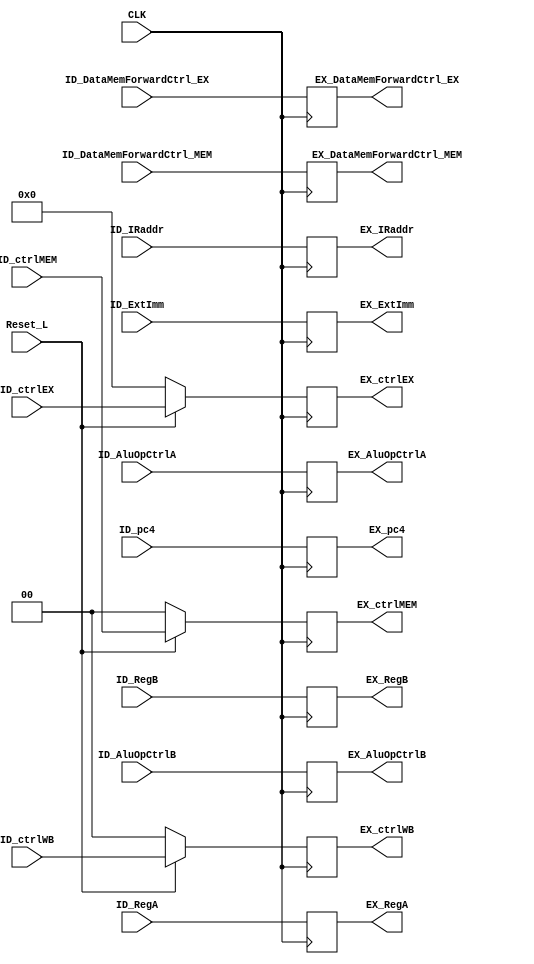
`define _id_ex_v_


module ID_EX(CLK, Reset_L,  
             ID_ctrlWB, ID_ctrlMEM, ID_ctrlEX, ID_pc4, ID_RegA, ID_RegB, ID_ExtImm, ID_AluOpCtrlA, ID_AluOpCtrlB, ID_DataMemForwardCtrl_EX, ID_DataMemForwardCtrl_MEM, ID_IRaddr, 
             EX_ctrlWB, EX_ctrlMEM, EX_ctrlEX, EX_pc4, EX_RegA, EX_RegB, EX_ExtImm, EX_AluOpCtrlA, EX_AluOpCtrlB, EX_DataMemForwardCtrl_EX, EX_DataMemForwardCtrl_MEM, EX_IRaddr
             );

  input wire        CLK, Reset_L;  
  input wire [ 4:0] ID_ctrlEX;
  input wire [ 1:0] ID_ctrlMEM, ID_ctrlWB, ID_AluOpCtrlA, ID_AluOpCtrlB;  
  input wire [31:0] ID_pc4, ID_RegA, ID_RegB, ID_ExtImm;
  input wire        ID_DataMemForwardCtrl_EX, ID_DataMemForwardCtrl_MEM;
  input wire [25:0] ID_IRaddr;
             
  output reg [ 4:0] EX_ctrlEX;
  output reg [ 1:0] EX_ctrlMEM, EX_ctrlWB, EX_AluOpCtrlA, EX_AluOpCtrlB;  
  output reg [31:0] EX_pc4, EX_RegA, EX_RegB, EX_ExtImm;           
  output reg        EX_DataMemForwardCtrl_EX, EX_DataMemForwardCtrl_MEM;
  output reg [25:0] EX_IRaddr;

  // Resetable control signals first
  always @ (negedge CLK) begin
    if (Reset_L) begin
        EX_ctrlWB  <= ID_ctrlWB;
        EX_ctrlMEM <= ID_ctrlMEM;
        EX_ctrlEX  <= ID_ctrlEX;
      end
    else begin
        EX_ctrlWB  <= 5'b0;
        EX_ctrlMEM <= 2'b0;
        EX_ctrlEX  <= 2'b0;    
      end
  end

  always @ (negedge CLK) begin
    EX_pc4                    <= ID_pc4;
    EX_RegA                   <= ID_RegA;
    EX_RegB                   <= ID_RegB;
    EX_ExtImm                 <= ID_ExtImm;
    EX_AluOpCtrlA             <= ID_AluOpCtrlA;
    EX_AluOpCtrlB             <= ID_AluOpCtrlB;
    EX_DataMemForwardCtrl_EX  <= ID_DataMemForwardCtrl_EX;
    EX_DataMemForwardCtrl_MEM <= ID_DataMemForwardCtrl_MEM;
    EX_IRaddr                 <= ID_IRaddr;
  end

endmodule